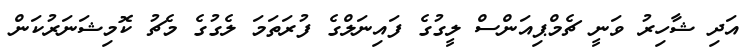
އަދި ޝާހިރު ވަނީ ޗެމްޕިއަންސް ލީގުގެ ފައިނަލްގެ ފުރަތަމަ ލެގުގެ މެޗު ކޮމިޝަނަރުކަން